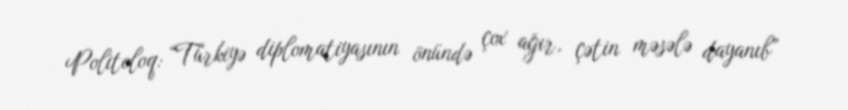
Politoloq: “Türkiyə diplomatiyasının önündə çox ağır, çətin məsələ dayanıb”